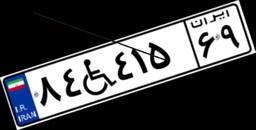
۸۴W۴۱۵۶۹